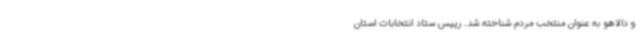
و دالاهو به عنوان منتخب مردم شناخته شد. رییس ستاد انتخابات استان